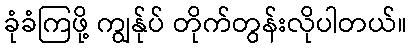
ခုံခံကြဖို့ ကျွန်ုပ် တိုက်တွန်းလိုပါတယ်။